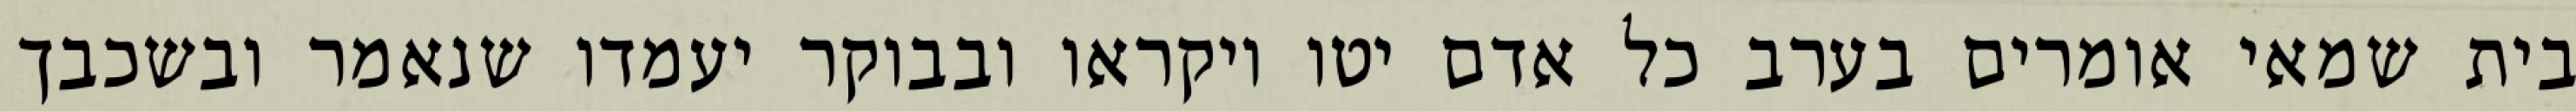
בית שמאי אומרים בערב כל אדם יטו ויקראו ובבוקר יעמדו שנאמר ובשכבך